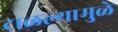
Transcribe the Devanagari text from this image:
टाळल्यामुळे